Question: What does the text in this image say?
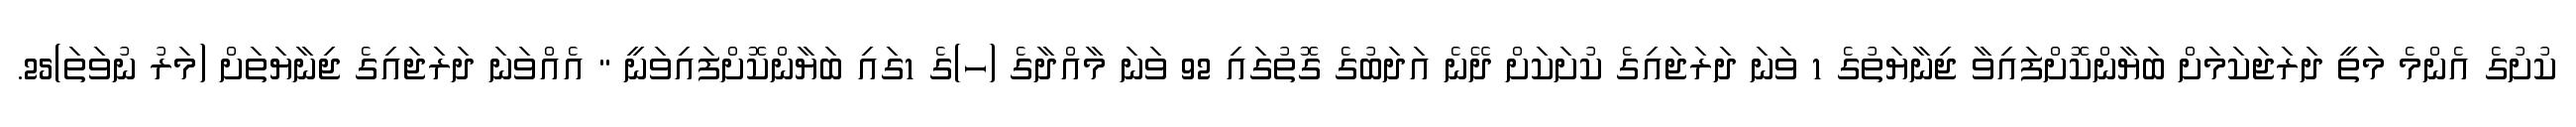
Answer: ކުށުގެ އެންމެ މަތީ ދަރަޖަކަމަށް ބަޔާންކޮށްފައިވާ ޖިނާޔަތުގެ 1 ވަނަ ދަރަޖައިގެ ކުށަކަށް ދޭނެ އަދަބުގެ ގޮތުގައި 92 ވަނަ މާއްދާގެ (ހ)ގެ 1ގައި ބަޔާންކޮށްފައިވަނީ " އެއްވަނަ ދަރަޖައިގެ ޖިނާޔަތަށް (މަރު ނުވަތަ)25.